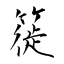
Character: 簁